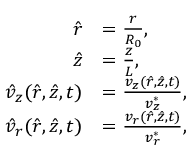
\begin{array} { r l } { \hat { r } } & { = \frac { r } { R _ { 0 } } , } \\ { \hat { z } } & { = \frac { z } { L } , } \\ { \hat { v } _ { z } ( \hat { r } , \hat { z } , t ) } & { = \frac { v _ { z } ( \hat { r } , \hat { z } , t ) } { v _ { z } ^ { * } } , } \\ { \hat { v } _ { r } ( \hat { r } , \hat { z } , t ) } & { = \frac { v _ { r } ( \hat { r } , \hat { z } , t ) } { v _ { r } ^ { * } } , } \end{array}